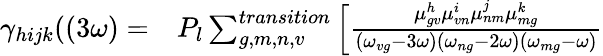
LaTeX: \begin{array}{rl}{\gamma_{hijk}((3\omega)=}&{{}P_{l}\sum_{g,m,n,v}^{transition}\Big[\frac{\mu_{gv}^{h}\mu_{vn}^{i}\mu_{nm}^{j}\mu_{mg}^{k}}{(\omega_{vg}-3\omega)(\omega_{ng}-2\omega)(\omega_{mg}-\omega)}}\end{array}